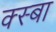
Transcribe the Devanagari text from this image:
क्स्बा